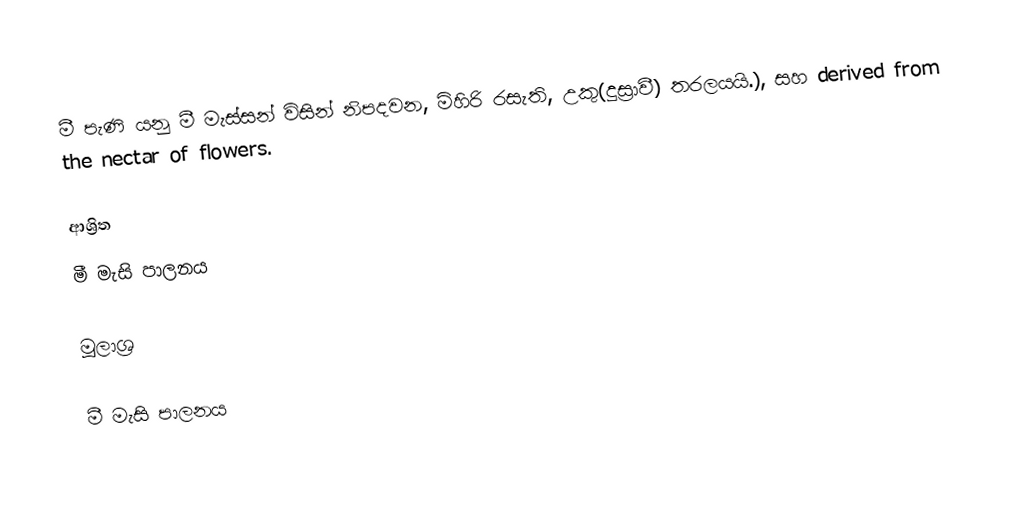
මී පැණි යනු මී මැස්සන් විසින් නිපදවන, මිහිරි රසැති, උකු(දුස්‍රාවී) තරලයයි.), සහ derived from the nectar of flowers.

ආශ්‍රිත
 මී මැසි පාලනය

මූලාශ්‍ර

මී මැසි පාලනය